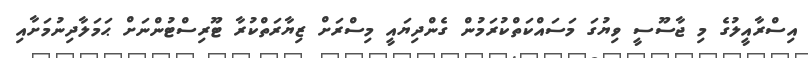
އިސްރާއީލުގެ މި ޖާސޫސީ ވިޔުގަ މަސައްކަތްކުރަމުން ގެންދިޔައީ މިސްރަށް ޒިޔާރަތްކުރާ ޓޫރިސްޓުންނަށް ޙަމަލާދިނުމަށާއި